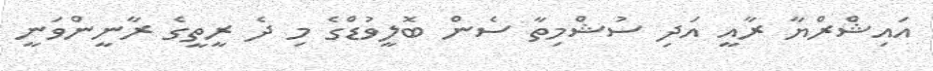
އައިޝްރްޔާ ރާއީ އަދި ސުޝްމިތާ ސެން ބޮލީވުޑްގެ މި ދެ ރީތީގެ ރާނީންވަނީ